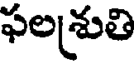
ఫలశ్రుతి